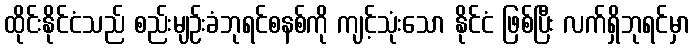
ထိုင်းနိုင်ငံသည် စည်းမျဉ်းခံဘုရင်စနစ်ကို ကျင့်သုံးသော နိုင်ငံ ဖြစ်ပြီး လက်ရှိဘုရင်မှာ